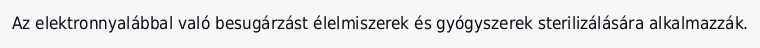
Az elektronnyalábbal való besugárzást élelmiszerek és gyógyszerek sterilizálására alkalmazzák.